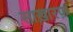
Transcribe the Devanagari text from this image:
साख़ारफ़